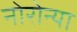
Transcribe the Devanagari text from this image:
नोरोन्या